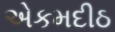
એકમદીઠ